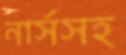
নার্সসহ